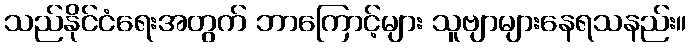
သည်နိုင်ငံရေးအတွက် ဘာကြောင့်များ သူဗျာများနေရသနည်း။